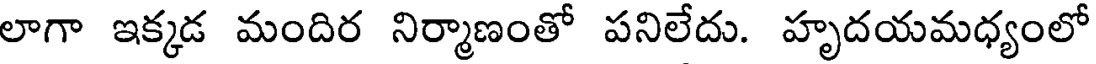
లాగా ఇక్కడ మందిర నిర్మాణంతో పనిలేదు. హృదయమధ్యంలో